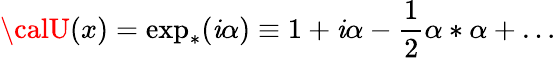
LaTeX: {\calU}(x)=\exp_{*}(\mathit{i}\alpha)\equiv1+\mathit{i}\alpha-\frac{{1}}{{2}}\alpha*\alpha+\ldots